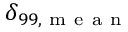
\delta _ { 9 9 , \mathrm { ~ m ~ e ~ a ~ n ~ } }